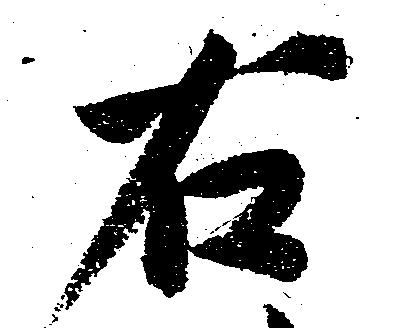
右